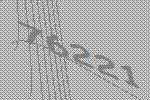
76221